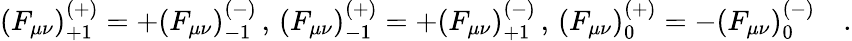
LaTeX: (F_{\mu\nu})_{+1}^{(+)}=+(F_{\mu\nu})_{-1}^{(-)}\, ,\, (F_{\mu\nu})_{-1}^{(+)}=+(F_{\mu\nu})_{+1}^{(-)}\, ,\, (F_{\mu\nu})_{0}^{(+)}=-(F_{\mu\nu})_{0}^{(-)}\quad.